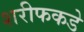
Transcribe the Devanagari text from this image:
शरीफकडे